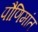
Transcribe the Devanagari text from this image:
पौणिमांत